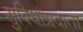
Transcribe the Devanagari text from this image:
सुविधाप्रदाता